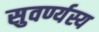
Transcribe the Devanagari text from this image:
सुवर्ण्यस्य